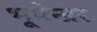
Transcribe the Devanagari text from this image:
भूपेन्‍द्रर